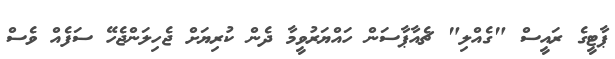
ޕާޓީގެ ރައީސް "ގެއްލި" ޗެއާޕާސަން ހައްޔަރުވީމާ ދެން ކުރިޔަށް ޖެހިލަންޖެހޭ ސަފެެއް ވެސް